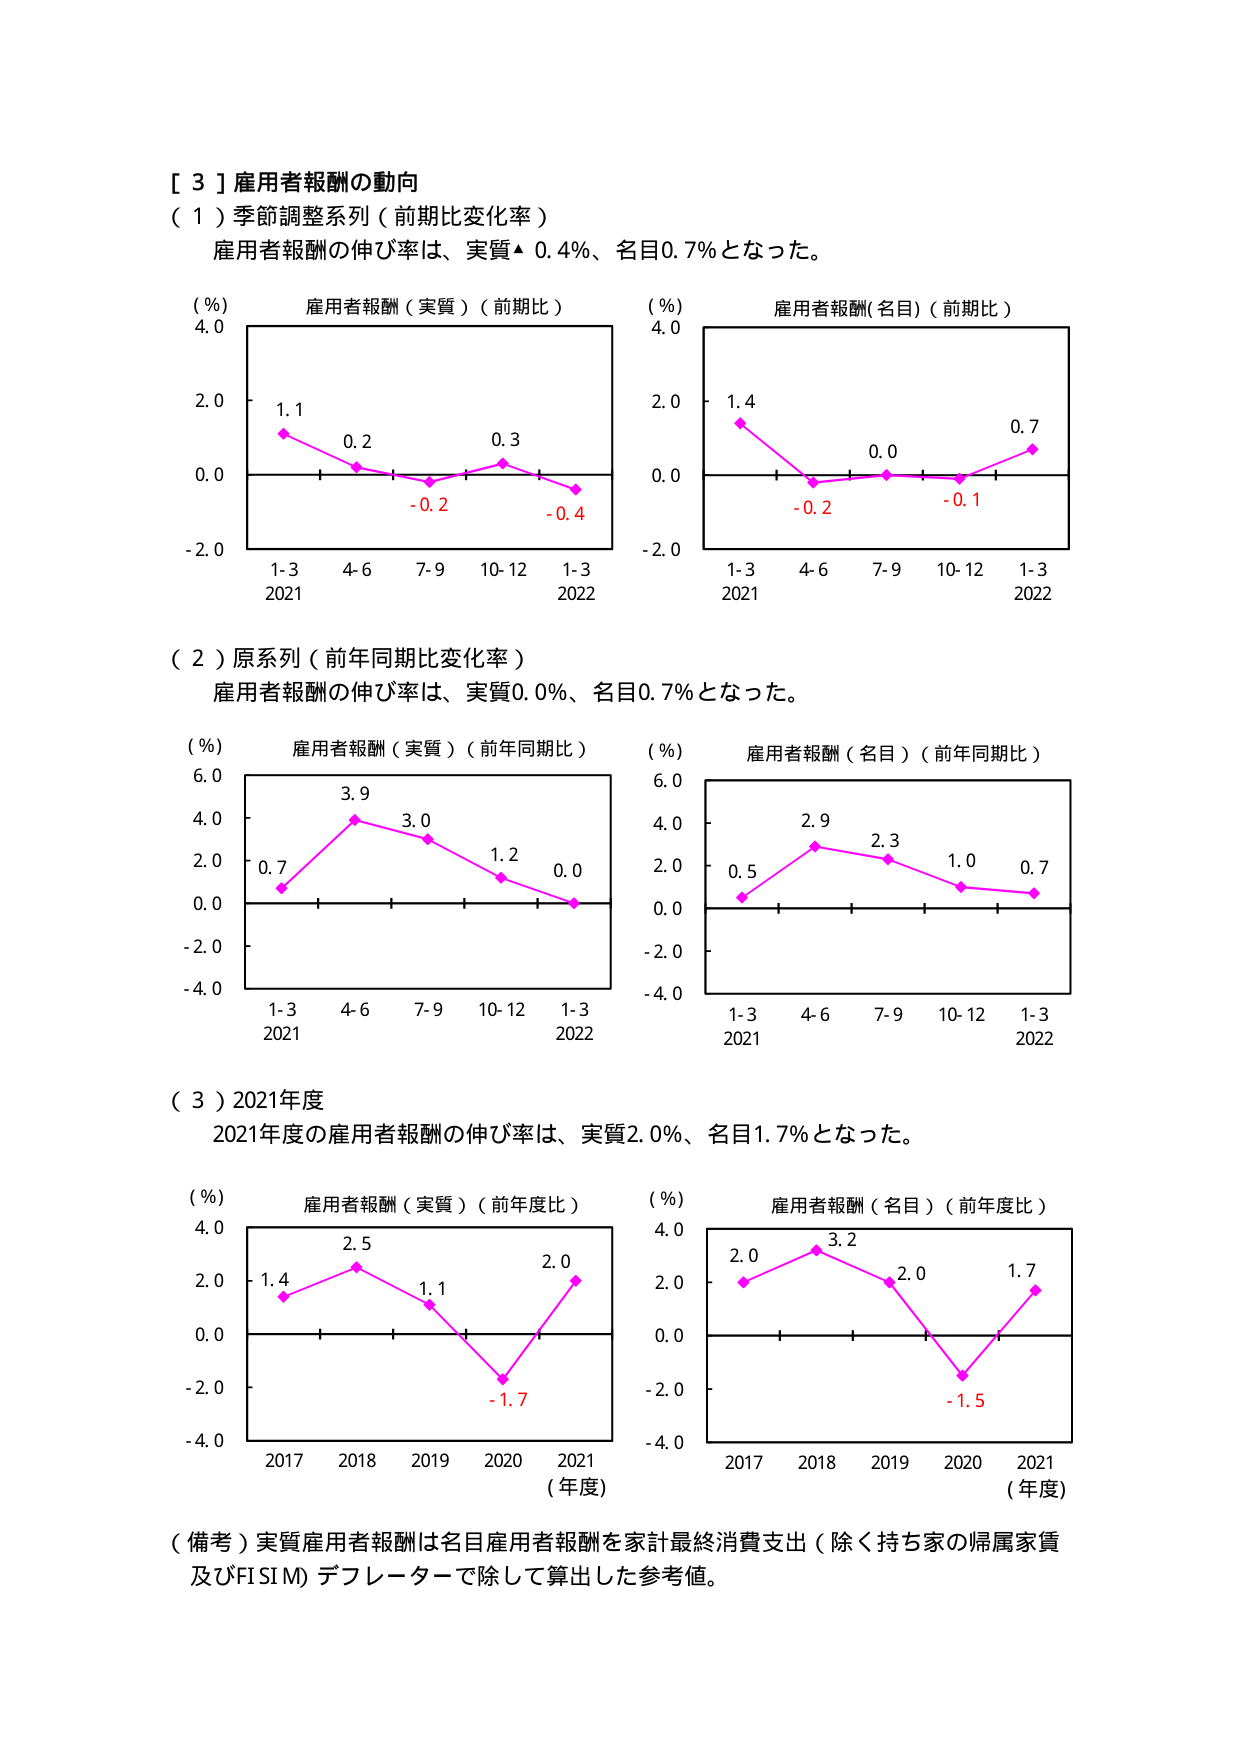
[ 3 ] 雇用者報酬の動向
（１）季節調整系列（前期比変化率）
雇用者報酬の伸び率は、実質▲ 0.4%、名目0.7%となった。

（%）
雇用者報酬（実質）（前期比）
4.0
2.0
1.1  0.2  0.3
0.0
-0.2  -0.4
-2.0
1-3  4-6  7-9  10-12  1-3
2021           2022

（%）
雇用者報酬(名目)（前期比）
4.0
2.0
1.4  0.0  0.7
0.0
-0.2  -0.1
-2.0
1-3  4-6  7-9  10-12  1-3
2021           2022

（２）原系列（前年同期比変化率）
雇用者報酬の伸び率は、実質0.0%、名目0.7%となった。

（%）
雇用者報酬（実質）（前年同期比）
6.0
4.0
3.9  3.0  1.2  0.0
2.0
0.7
0.0
-2.0
-4.0
1-3  4-6  7-9  10-12  1-3
2021           2022

（%）
雇用者報酬（名目）（前年同期比）
6.0
4.0
2.9  2.3  1.0  0.7
2.0
0.5
0.0
-2.0
-4.0
1-3  4-6  7-9  10-12  1-3
2021           2022

（３）2021年度
2021年度の雇用者報酬の伸び率は、実質2.0%、名目1.7%となった。

（%）
雇用者報酬（実質）（前年度比）
4.0
2.5  1.1  2.0
2.0
1.4
0.0
-2.0
-1.7
-4.0
2017  2018  2019  2020  2021
（年度）

（%）
雇用者報酬（名目）（前年度比）
4.0
2.0  3.2  2.0  1.7
2.0
0.0
-2.0
-1.5
-4.0
2017  2018  2019  2020  2021
（年度）

（備考）実質雇用者報酬は名目雇用者報酬を家計最終消費支出（除く持ち家の帰属家賃及びFISIM）デフレーターで除して算出した参考値。